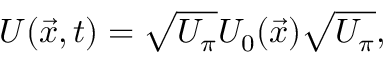
U ( \vec { x } , t ) = \sqrt { U _ { \pi } } U _ { 0 } ( \vec { x } ) \sqrt { U _ { \pi } } ,